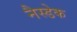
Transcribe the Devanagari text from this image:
नैस्डेक